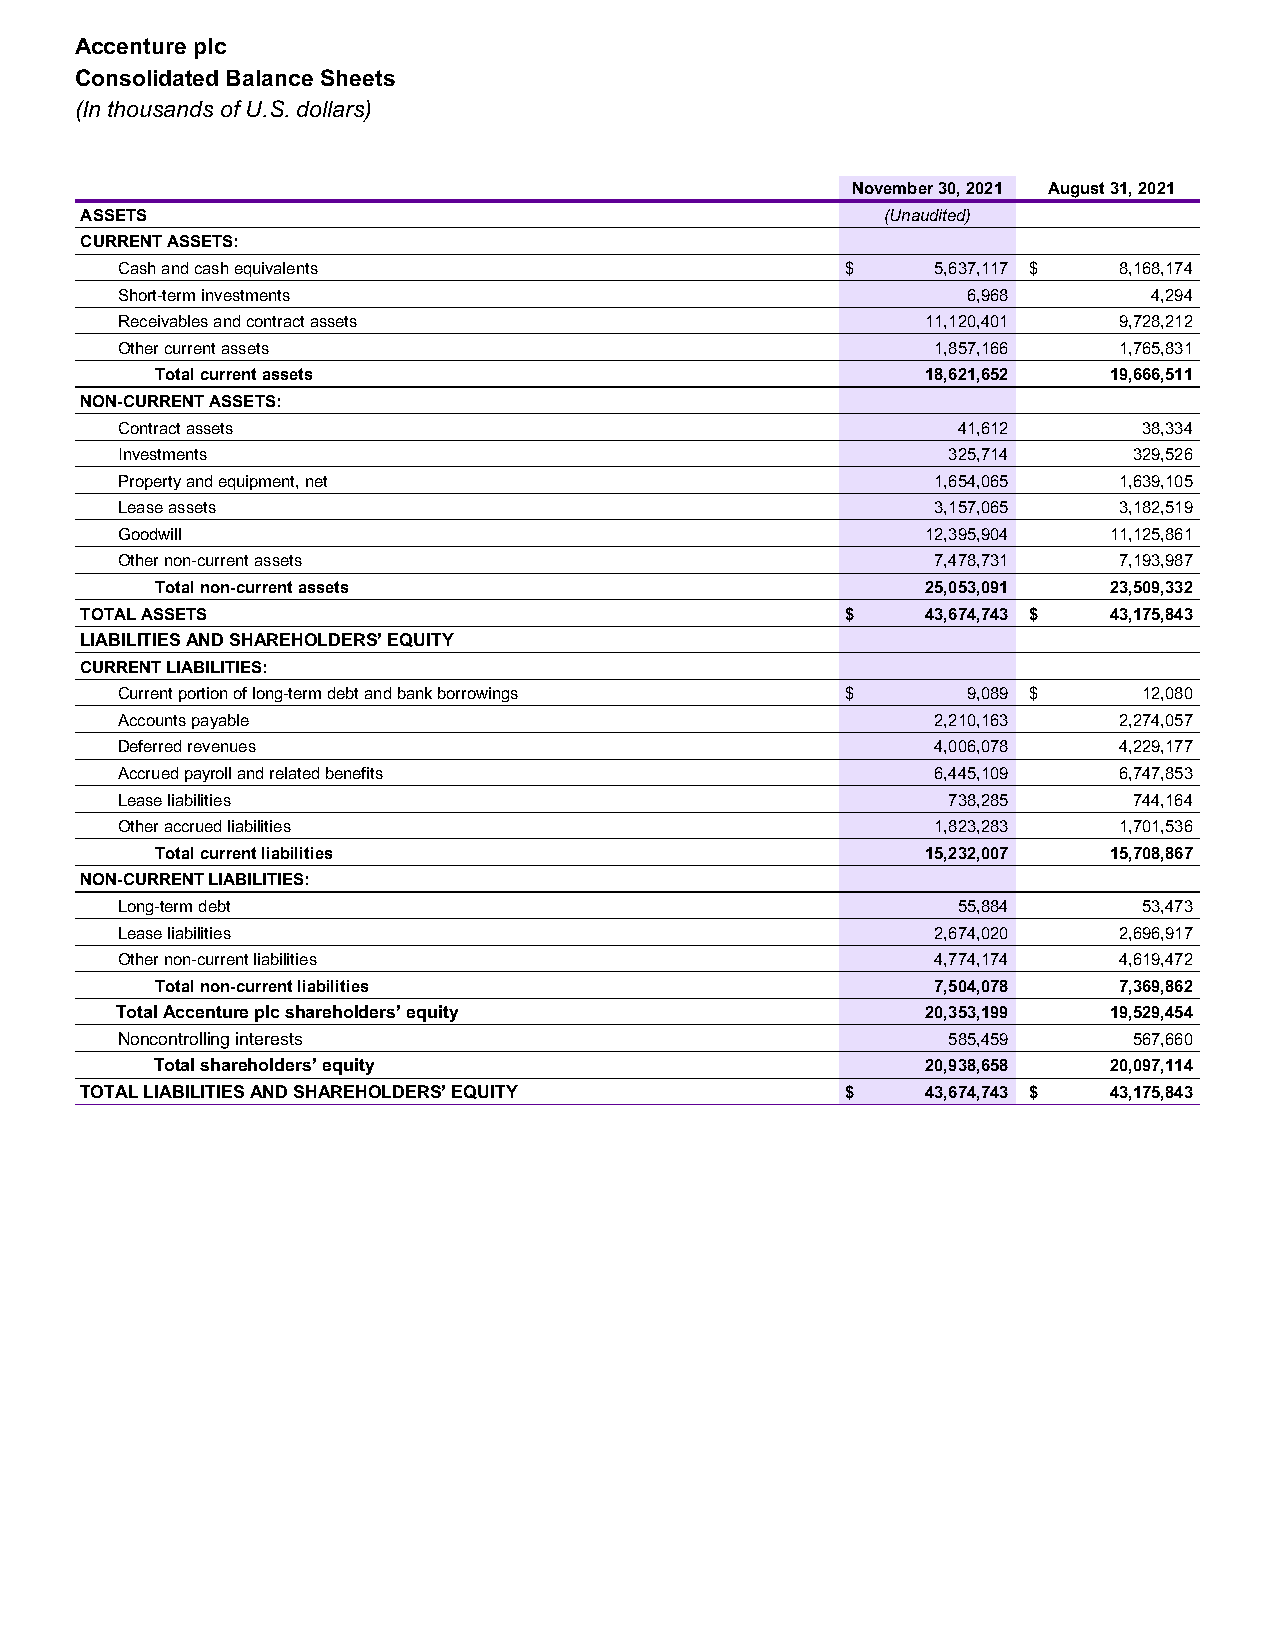
Accenture plc
 Consolidated Balance Sheets
 (In thousands of U.S. dollars)
 November 30, 2021 August 31, 2021
 ASSETS                                                (Unaudited)
 CURRENT ASSETS:
 Cash and cash equivalents                       $     5,637,117 $ 8,168,174
 Short-term investments                                  6,968       4,294
 Receivables and contract assets                      11,120,401   9,728,212
 Other current assets                                  1,857,166   1,765,831
 Total current assets                               18,621,652  19,666,511
 NON-CURRENT ASSETS:
 Contract assets                                        41,612       38,334
 Investments                                            325,714     329,526
 Property and equipment, net                           1,654,065   1,639,105
 Lease assets                                          3,157,065   3,182,519
 Goodwill                                             12,395,904  11,125,861
 Other non-current assets                              7,478,731   7,193,987
 Total non-current assets                           25,053,091  23,509,332
 TOTAL ASSETS                                       $    43,674,743 $ 43,175,843
 LIABILITIES AND SHAREHOLDERS’ EQUITY
 CURRENT LIABILITIES:
 Current portion of long-term debt and bank borrowings $ 9,089 $     12,080
 Accounts payable                                      2,210,163   2,274,057
 Deferred revenues                                     4,006,078   4,229,177
 Accrued payroll and related benefits                  6,445,109   6,747,853
 Lease liabilities                                      738,285     744,164
 Other accrued liabilities                             1,823,283   1,701,536
 Total current liabilities                          15,232,007  15,708,867
 NON-CURRENT LIABILITIES:
 Long-term debt                                         55,884       53,473
 Lease liabilities                                     2,674,020   2,696,917
 Other non-current liabilities                         4,774,174   4,619,472
 Total non-current liabilities                       7,504,078   7,369,862
 Total Accenture plc shareholders’ equity             20,353,199  19,529,454
 Noncontrolling interests                               585,459     567,660
 Total shareholders’ equity                         20,938,658  20,097,114
 TOTAL LIABILITIES AND SHAREHOLDERS’ EQUITY         $    43,674,743 $ 43,175,843